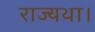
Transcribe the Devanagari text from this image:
राज्यथा।